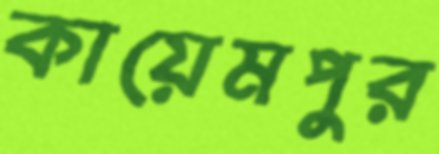
কায়েমপুর